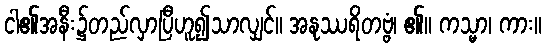
ငါ၏အနီး၌တည်လှာပြီဟူ၍သာလျှင်။ အနုဿရိတဗ္ဗံ၊ ၏။ ကသ္မာ၊ ကား။